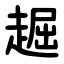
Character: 䞷